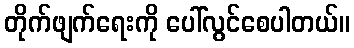
တိုက်ဖျက်ရေးကို ပေါ်လွင်စေပါတယ်။